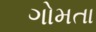
ગોમતા